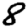
Digit: 8